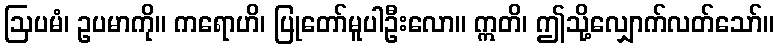
ဩပမံ၊ ဥပမာကို။ ကရောဟိ၊ ပြုတော်မူပါဦးလော။ ဣတိ၊ ဤသို့လျှောက်လတ်သော်။